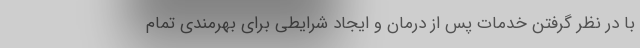
با در نظر گرفتن خدمات پس از درمان و ایجاد شرایطی برای بهرمندی تمام